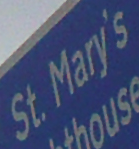
St. Mary's